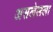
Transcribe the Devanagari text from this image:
असलेलला